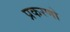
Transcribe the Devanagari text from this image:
प्रकरणो